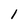
Character: 1